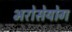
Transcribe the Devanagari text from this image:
भरोसेयोग